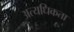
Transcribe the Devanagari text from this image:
अत्यधिकता